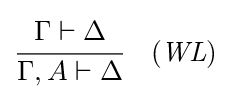
{\cfrac {\Gamma \vdash \Delta }{\Gamma ,A\vdash \Delta }}\quad ({\mathit {WL}})